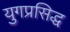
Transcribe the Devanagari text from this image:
युगप्रसिद्ध